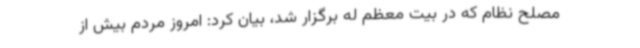
مصلح نظام که در بیت معظم له برگزار شد، بیان کرد: امروز مردم بیش از